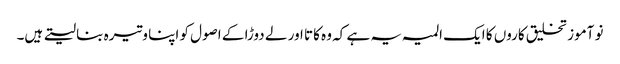
نو آموز تخلیق کاروں کا ایک المیہ یہ ہے کہ وہ کاتا اور لے دوڑا کے اصول کو اپنا وتیرہ بنا لیتے ہیں۔